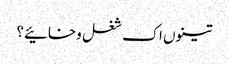
تینوں اک شغل وخائیے؟